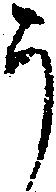
う